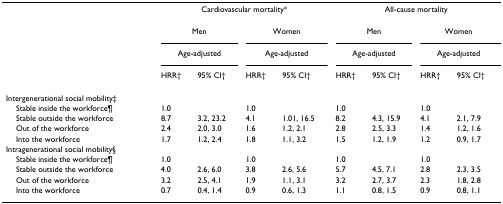
<table><thead><tr><td>[EMPTY_CELL]</td><td colspan="4"><b>Cardiovascular mortality*</b></td><td colspan="4"><b>All-cause mortality</b></td></tr><tr><td>[EMPTY_CELL]</td><td colspan="2"><b>Men</b></td><td colspan="2"><b>Women</b></td><td colspan="2"><b>Men</b></td><td colspan="2"><b>Women</b></td></tr><tr><td>[EMPTY_CELL]</td><td colspan="2"><b>Age-adjusted</b></td><td colspan="2"><b>Age-adjusted</b></td><td colspan="2"><b>Age-adjusted</b></td><td colspan="2"><b>Age-adjusted</b></td></tr><tr><td>[EMPTY_CELL]</td><td><b>HRR†</b></td><td><b>95% CI†</b></td><td><b>HRR†</b></td><td><b>95% CI†</b></td><td><b>HRR†</b></td><td><b>95% CI†</b></td><td><b>HRR†</b></td><td><b>95% CI†</b></td></tr></thead><tbody><tr><td>Intergenerational social mobility‡</td><td>[EMPTY_CELL]</td><td>[EMPTY_CELL]</td><td>[EMPTY_CELL]</td><td>[EMPTY_CELL]</td><td>[EMPTY_CELL]</td><td>[EMPTY_CELL]</td><td>[EMPTY_CELL]</td><td>[EMPTY_CELL]</td></tr><tr><td> Stable inside the workforce¶</td><td>1.0</td><td>[EMPTY_CELL]</td><td>1.0</td><td>[EMPTY_CELL]</td><td>1.0</td><td>[EMPTY_CELL]</td><td>1.0</td><td>[EMPTY_CELL]</td></tr><tr><td> Stable outside the workforce</td><td>8.7</td><td>3.2, 23.2</td><td>4.1</td><td>1.01, 16.5</td><td>8.2</td><td>4.3, 15.9</td><td>4.1</td><td>2.1, 7.9</td></tr><tr><td> Out of the workforce</td><td>2.4</td><td>2.0, 3.0</td><td>1.6</td><td>1.2, 2.1</td><td>2.8</td><td>2.5, 3.3</td><td>1.4</td><td>1.2, 1.6</td></tr><tr><td> Into the workforce</td><td>1.7</td><td>1.2, 2.4</td><td>1.8</td><td>1.1, 3.2</td><td>1.5</td><td>1.2, 1.9</td><td>1.2</td><td>0.9, 1.7</td></tr><tr><td>Intragenerational social mobility§</td><td>[EMPTY_CELL]</td><td>[EMPTY_CELL]</td><td>[EMPTY_CELL]</td><td>[EMPTY_CELL]</td><td>[EMPTY_CELL]</td><td>[EMPTY_CELL]</td><td>[EMPTY_CELL]</td><td>[EMPTY_CELL]</td></tr><tr><td> Stable inside the workforce¶</td><td>1.0</td><td>[EMPTY_CELL]</td><td>1.0</td><td>[EMPTY_CELL]</td><td>1.0</td><td>[EMPTY_CELL]</td><td>1.0</td><td>[EMPTY_CELL]</td></tr><tr><td> Stable outside the workforce</td><td>4.0</td><td>2.6, 6.0</td><td>3.8</td><td>2.6, 5.6</td><td>5.7</td><td>4.5, 7.1</td><td>2.8</td><td>2.3, 3.5</td></tr><tr><td> Out of the workforce</td><td>3.2</td><td>2.5, 4.1</td><td>1.9</td><td>1.1, 3.1</td><td>3.2</td><td>2.7, 3.7</td><td>2.3</td><td>1.8, 2.8</td></tr><tr><td> Into the workforce</td><td>0.7</td><td>0.4, 1.4</td><td>0.9</td><td>0.6, 1.3</td><td>1.1</td><td>0.8, 1.5</td><td>0.9</td><td>0.8, 1.1</td></tr></tbody></table>